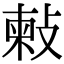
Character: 㪝